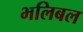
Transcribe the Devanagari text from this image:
भलिबल